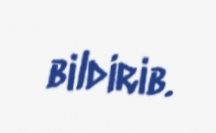
bildirib.